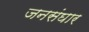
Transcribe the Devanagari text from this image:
जनसंघार